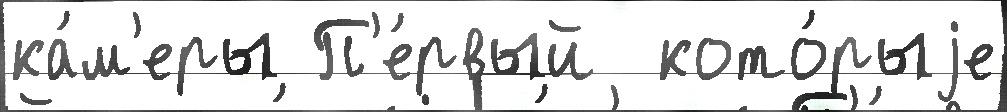
ка́м'еры П'е́рвый  кото́рыjе